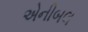
એનીબલ